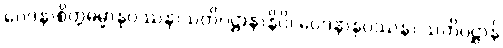
ဝေဒနာစိတ္တဓမ္မာနုပဿနာသတိပဋ္ဌာနာနိပိ၊ ဝေဒနာနုပဿနာ သတိပဋ္ဌာန်